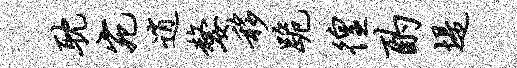
耽宛逍嫠移跪徨酌堤